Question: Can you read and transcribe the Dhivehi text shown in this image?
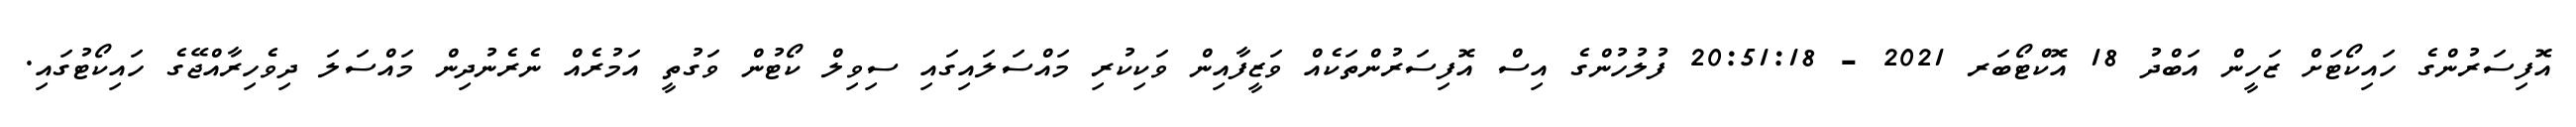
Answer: އޮފިސަރުންގެ ހައިކޯޓަށް ޒަހީން އަބްދު 18 އޮކްޓޯބަރ 2021 - 20:51:18 ފުލުހުންގެ އިސް އޮފިސަރުންތަކެއް ވަޒީފާއިން ވަކިކުރި މައްސަލައިގައި ސިވިލް ކޯޓުން ވަގުތީ އަމުރެއް ނެރެނުދިން މައްސަލަ ދިވެހިރާއްޖޭގެ ހައިކޯޓުގައި.